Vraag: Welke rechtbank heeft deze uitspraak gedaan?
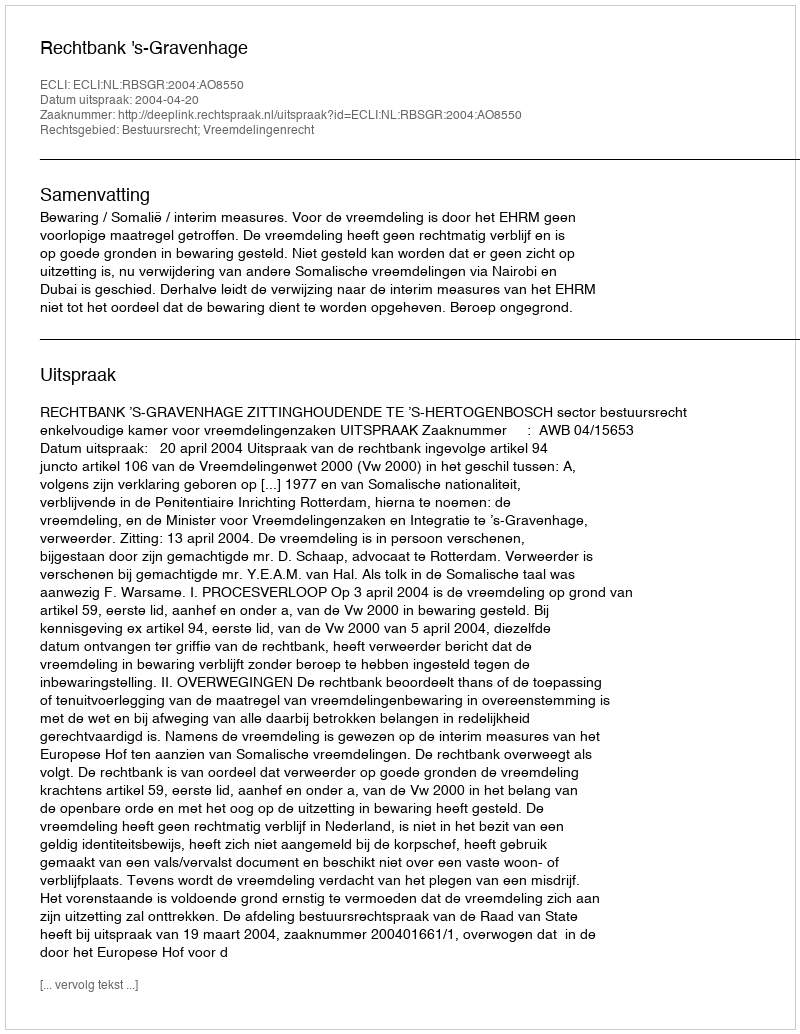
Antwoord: Rechtbank 's-Gravenhage